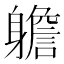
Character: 𨊍